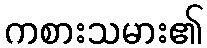
ကစားသမား၏